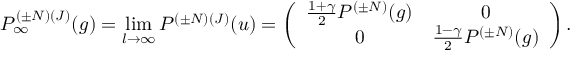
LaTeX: P _ { \infty } ^ { ( { \pm } N ) ( J ) } ( g ) = \operatorname * { l i m } _ { l { \rightarrow } { \infty } } P ^ { ( { \pm } N ) ( J ) } ( u ) = \left( \begin{array} { c c } { { \frac { 1 + { \gamma } } { 2 } { \cal P } ^ { ( { \pm } N ) } ( g ) } } & { { 0 } } \\ { { 0 } } & { { \frac { 1 - { \gamma } } { 2 } { \cal P } ^ { ( { \pm } N ) } ( g ) } } \end{array} \right) .